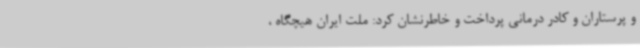
و پرستاران و کادر درمانی پرداخت و خاطرنشان کرد: ملت ایران هیچگاه ،